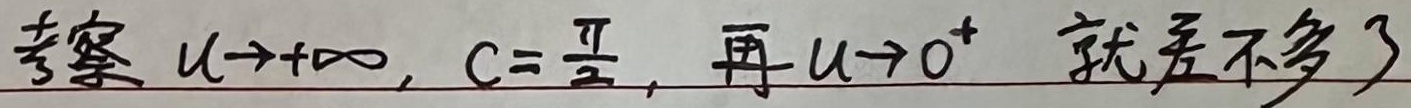
考察 \(u \to +\infty, c = \frac{\pi}{2}\)，再 \(u \to 0^{+}\) 就差不多了 。